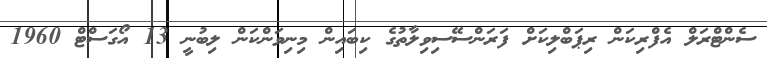
ސެންޓްރަލް އެފްރިކަން ރިޕަބްލިކަށް ފަރަންސޭސިވިލާތުގެ ކިބައިން މިނިވަންކަން ލިބުނީ 13 އޯގަސްޓް 1960